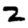
Digit: 2